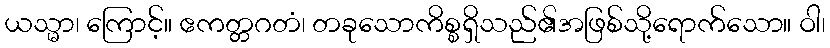
ယသ္မာ၊ ကြောင့်။ ဧကတ္တဂတံ၊ တခုသောကိစ္စရှိသည်၏အဖြစ်သို့ရောက်သော။ ဝါ၊